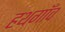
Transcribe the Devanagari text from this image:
हथगाँव